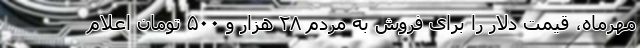
مهرماه، قیمت دلار را برای فروش به مردم ۲۸ هزار و ۵۰۰ تومان اعلام